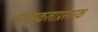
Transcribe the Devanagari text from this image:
नाट्यकलाप्रसारक